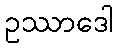
ဥဿာဒေါ